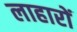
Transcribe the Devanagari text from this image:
लाहारों